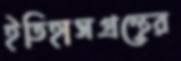
ইতিহাসগ্রন্থের